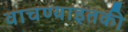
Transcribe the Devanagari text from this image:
वाचण्याइतकी